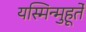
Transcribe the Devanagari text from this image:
यस्मिन्मुहूर्ते